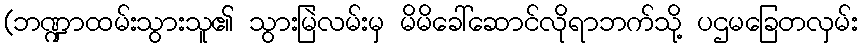
(ဘဏ္ဍာထမ်းသွားသူ၏ သွားမြဲလမ်းမှ မိမိခေါ်ဆောင်လိုရာဘက်သို့ ပဌမခြေတလှမ်း